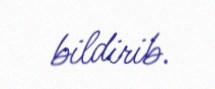
bildirib.